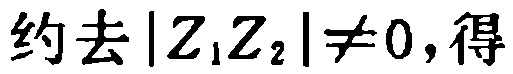
约去\(\vert Z_1Z_2\vert\neq0\)，得